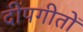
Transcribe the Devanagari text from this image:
दीपगीतों